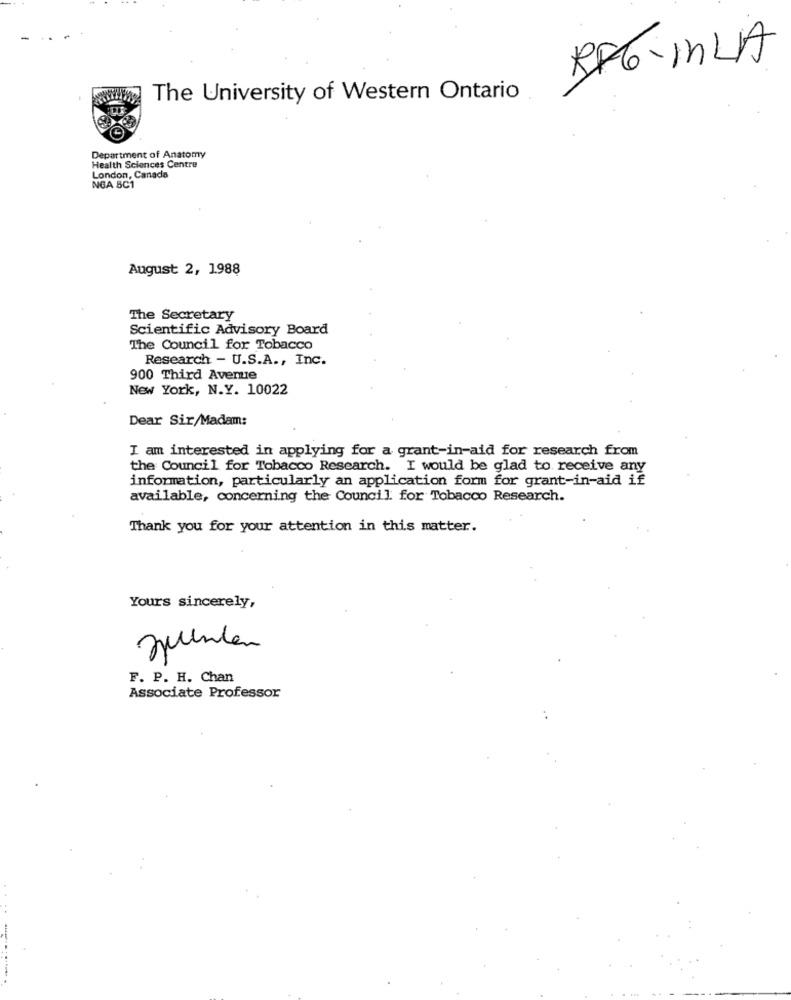
-
RF6-inLA
The University of Western Ontario
Department of Anatomy
Health Sciences Centre
London, Canada
NGA 5C1
August 2, 1988
The Secretary
Scientific Advisory Board
The Council for Tobacco
Research - U.S.A ., Inc.
900 Third Avenue
New York, N.Y. 10022
Dear Sir/Madam:
I am interested in applying for a grant-in-aid for research from
the Council for Tobacco Research. I would be glad to receive any
information, particularly an application form for grant-in-aid if
available, concerning the Council for Tobacco Research.
Thank you for your attention in this matter.
Yours sincerely,
F. P. H. Chan
Associate Professor
....